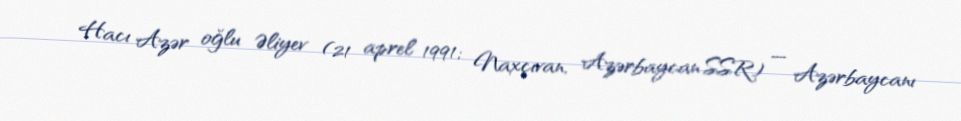
Hacı Azər oğlu Əliyev (21 aprel 1991; Naxçıvan, Azərbaycan SSR) — Azərbaycanı